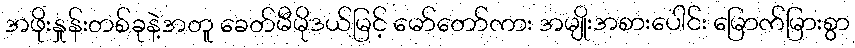
အဖိုးနှုန်းတစ်ခုနဲ့အတူ ခေတ်မီမိုဒယ်မြင့် မော်တော်ကား အမျိုးအစားပေါင်း မြောက်မြားစွာ